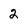
Character: 2